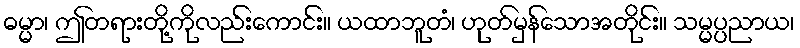
ဓမ္မာ၊ ဤတရားတို့ကိုလည်းကောင်း။ ယထာဘူတံ၊ ဟုတ်မှန်သောအတိုင်း။ သမ္မပ္ပညာယ၊